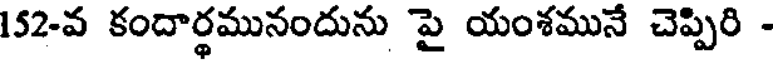
152-వ కందార్థమునందును పై యంశమునే చెప్పిరి -